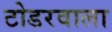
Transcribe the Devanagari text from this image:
टोडरवाला